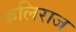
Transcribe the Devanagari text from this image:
कलिराज